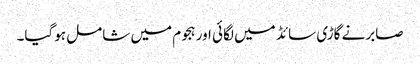
صابرنے گاڑی سائڈ میں لگائی اور ہجوم میں شامل ہوگیا۔